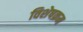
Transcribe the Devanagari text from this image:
विशेषक्रम